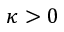
\kappa > 0